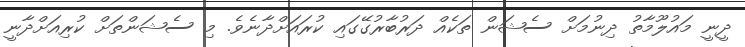
ދީނީ މައުލޫމާތު ދިނުމަށް ސެޝަން ތަކެއް ދަރުބާރުގޭގައި ކުރައަށްދާނެވެ. މި ސެޝަންތަށް ކުރިއަށްދާނީ